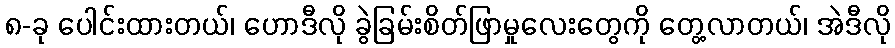
၈-ခု ပေါင်းထားတယ်၊ ဟောဒီလို ခွဲခြမ်းစိတ်ဖြာမှုလေးတွေကို တွေ့လာတယ်၊ အဲဒီလို